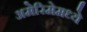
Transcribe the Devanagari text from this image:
अमेरिमेमध्ये